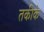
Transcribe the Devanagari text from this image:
तकीके